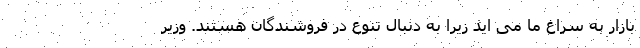
بازار به سراغ ما می اید زیرا به دنبال تنوع در فروشندگان هستند. وزیر